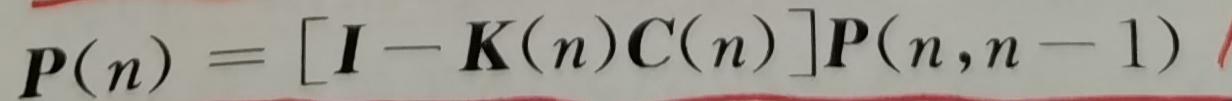
$\boldsymbol{P}(n)=[\boldsymbol{I}-\boldsymbol{K}(n)\boldsymbol{C}(n)]\boldsymbol{P}(n,n - 1)$